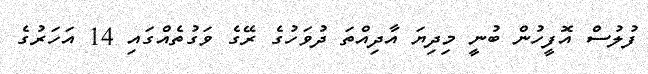
ފުލުސް އޮފީހުން ބުނީީ މިދިޔަ އާދިއްތަ ދުވަހުގެ ރޭގެ ވަގުތެއްގައި 14 އަހަރުގެ